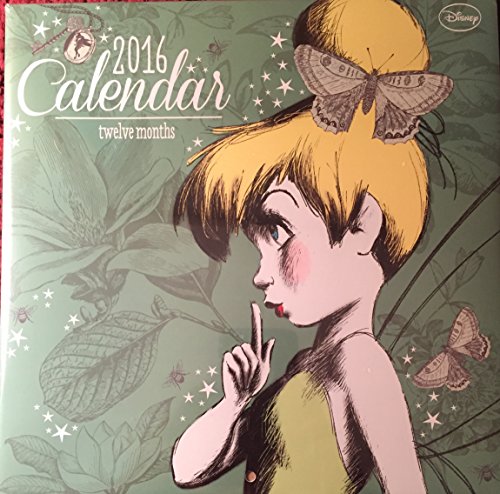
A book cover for Disney Fairies 2016 Wall Calendar (12 Months); Calendars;